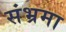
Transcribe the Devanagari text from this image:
संभ्रमा